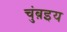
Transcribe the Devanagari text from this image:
चुंब़इय